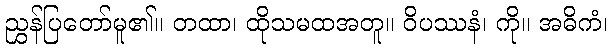
ညွှန်ပြတော်မူ၏။ တထာ၊ ထိုသမထအတူ။ ဝိပဿနံ၊ ကို။ အဓိကံ၊